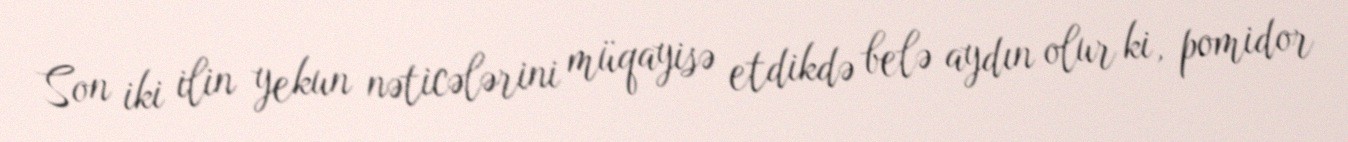
Son iki ilin yekun nəticələrini müqayisə etdikdə belə aydın olur ki, pomidor